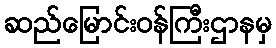
ဆည်မြောင်းဝန်ကြီးဌာနမှ